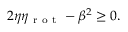
2 \eta \eta _ { \mathrm { ~ r ~ o ~ t ~ } } - \beta ^ { 2 } \ge 0 .